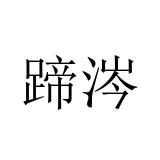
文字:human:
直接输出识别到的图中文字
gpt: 蹄涔